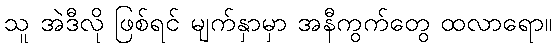
သူ အဲဒီလို ဖြစ်ရင် မျက်နှာမှာ အနီကွက်တွေ ထလာရော။